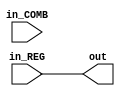
`timescale 1ns / 1ps
//////////////////////////////////////////////////////////////////////////////////
// Company: 
// Engineer: 
// 
// Design Name: 
// Module Name: Mux
// Project Name: 
// Target Devices: 
// Tool Versions: 
// Description: 
// 
// Dependencies: 
// 
// Revision:
// Revision 0.01 - File Created
// Additional Comments:
// 
//////////////////////////////////////////////////////////////////////////////////


module MUX
    #(parameter WIDTH_IN =1,PIPELINE=1)
    (
        output reg [WIDTH_IN-1:0] out,
        input [WIDTH_IN-1:0] in_REG,in_COMB
    );
generate
    always @(*) 
    begin
        case (PIPELINE)
            1'b0:out=in_COMB;
            1'b1:out=in_REG; 
            default: out=0;
        endcase    
    end
endgenerate
endmodule